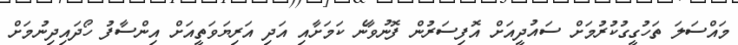
މައްސަލަ ތަހުގީގުކުރުމަށް ސައުދީއަށް އޮފިސަރުން ފޮނުވާނެ ކަމަށާއި އަދި އަރިޔަވަތީއަށް އިންސާފު ހޯދައިދިނުމަށް